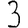
Digit: 3